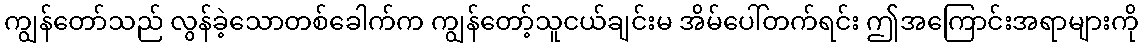
ကျွန်တော်သည် လွန်ခဲ့သောတစ်ခေါက်က ကျွန်တော့်သူငယ်ချင်းမ အိမ်ပေါ်တက်ရင်း ဤအကြောင်းအရာများကို